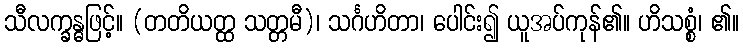
သီလက္ခန္ဓဖြင့်။ (တတိယတ္ထ သတ္တမီ)၊ သင်္ဂဟိတာ၊ ပေါင်း၍ ယူအပ်ကုန်၏။ ဟိသစ္စံ၊ ၏။